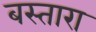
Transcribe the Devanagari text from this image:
बस्तारा